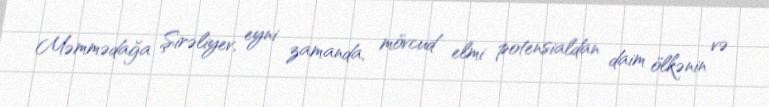
Məmmədağa Şirəliyev, eyni zamanda, mövcud elmi potensialdan daim ölkənin və